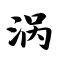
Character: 涡